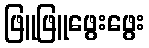
ဖြူဖြူဖွေးဖွေး